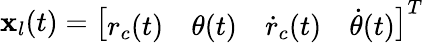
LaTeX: \mathbf{x}_{l}(t)=\left[\begin{array}{llll}{r_{c}(t)}&{\theta(t)}&{\dot{r}_{c}(t)}&{\dot{\theta}(t)}\end{array}\right]^{T}